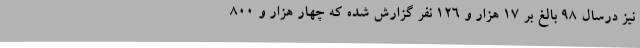
نیز درسال 98 بالغ بر 17 هزار و 126 نفر گزارش شده که چهار هزار و 800